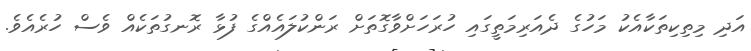
އަދި މިތިކިތަކާއެކު މަހުގެ ދެއަރިމަތީގައި ހުރަހަށްވާގޮތަށް ރަންކުލައެއްގެ ފުޅާ ރޮނގުތަކެއް ވެސް ހުރެއެވެ.